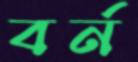
বর্ন